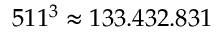
5 1 1 ^ { 3 } \approx 1 3 3 . 4 3 2 . 8 3 1